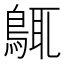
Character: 䳖